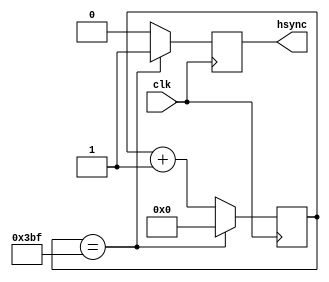
module hsync (
  input wire clk,
  output reg hsync
);

reg [10:0] hcount;

always @(posedge clk) begin
  if (hcount == 959) begin
    hcount <= 0;
    hsync <= 1;
  end else begin
    hcount <= hcount + 1;
    hsync <= 0;
  end
end

endmodule